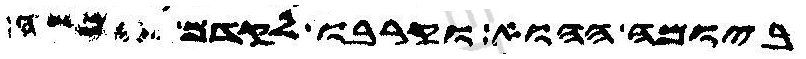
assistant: ביומה ההוא וקרבו לקדם משה